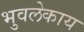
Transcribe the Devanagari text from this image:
भुवलेकाय